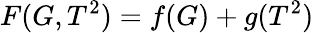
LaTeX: F(G,T^{2})=f(G)+g(T^{2})